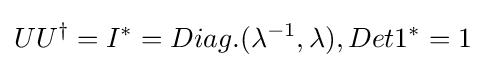
UU^{\dagger }=I^{*}=Diag.(\lambda ^{-1},\lambda ),Det1^{*}=1